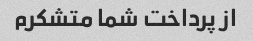
از پرداخت شما متشکرم